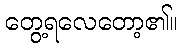
တွေ့ရလေတော့၏။